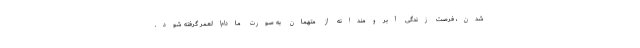
شدن، فرصت زندگی آبرومندانه از متهمان به صورت مادام‌العمر گرفته ‌شود.